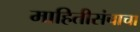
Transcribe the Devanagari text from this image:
माहितीसंचाचा